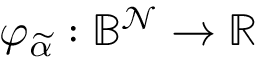
\varphi _ { \widetilde { \alpha } } : \mathbb { B } ^ { \mathcal { N } } \rightarrow \mathbb { R }